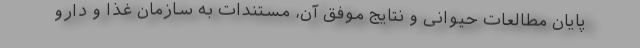
پایان مطالعات حیوانی و نتایج موفق آن، مستندات به سازمان غذا و دارو